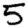
Digit: 5